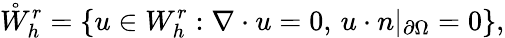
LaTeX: \mathring{W}_{h}^{r}=\left\{ u\in W_{h}^{r}:\nabla\cdot u=0,\, u\cdot n|_{\partial\Omega}=0\right\} ,